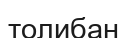
толибан